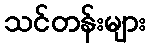
သင်တန်းများ